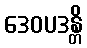
ဒေဝပဒန္တိ